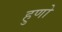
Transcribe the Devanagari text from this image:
हुणो